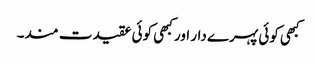
کبھی کوئی پہرے دار اور کبھی کوئی عقیدت مند۔